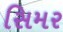
સિમર